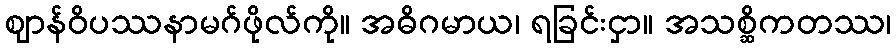
ဈာန်ဝိပဿနာမဂ်ဖိုလ်ကို။ အဓိဂမာယ၊ ရခြင်းငှာ။ အသစ္ဆိကတဿ၊